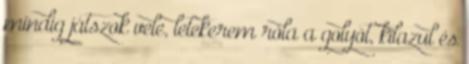
mindig játszok vele, letekerem róla a golyót, kilazul és